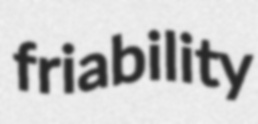
friability